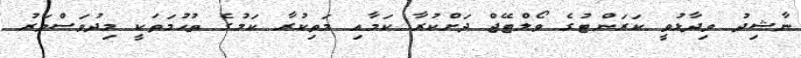
ނާޝިދު ވިދާޅުވީ ކަރަންޓުގެ ވޯލްޓޭޖް ދަށްކުރާ ކަމާއި މަތިކުރާ ކަމުގެ ތުހުމަތަކީ މިދުވަސްވަރު